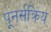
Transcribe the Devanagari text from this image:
पूनर्सक्रिय